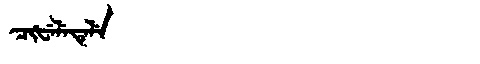
Manchu: ᠴᡳᡶᡝᠯᡝᡨᡝᠯᡝ
Romanization: CIFELETELE